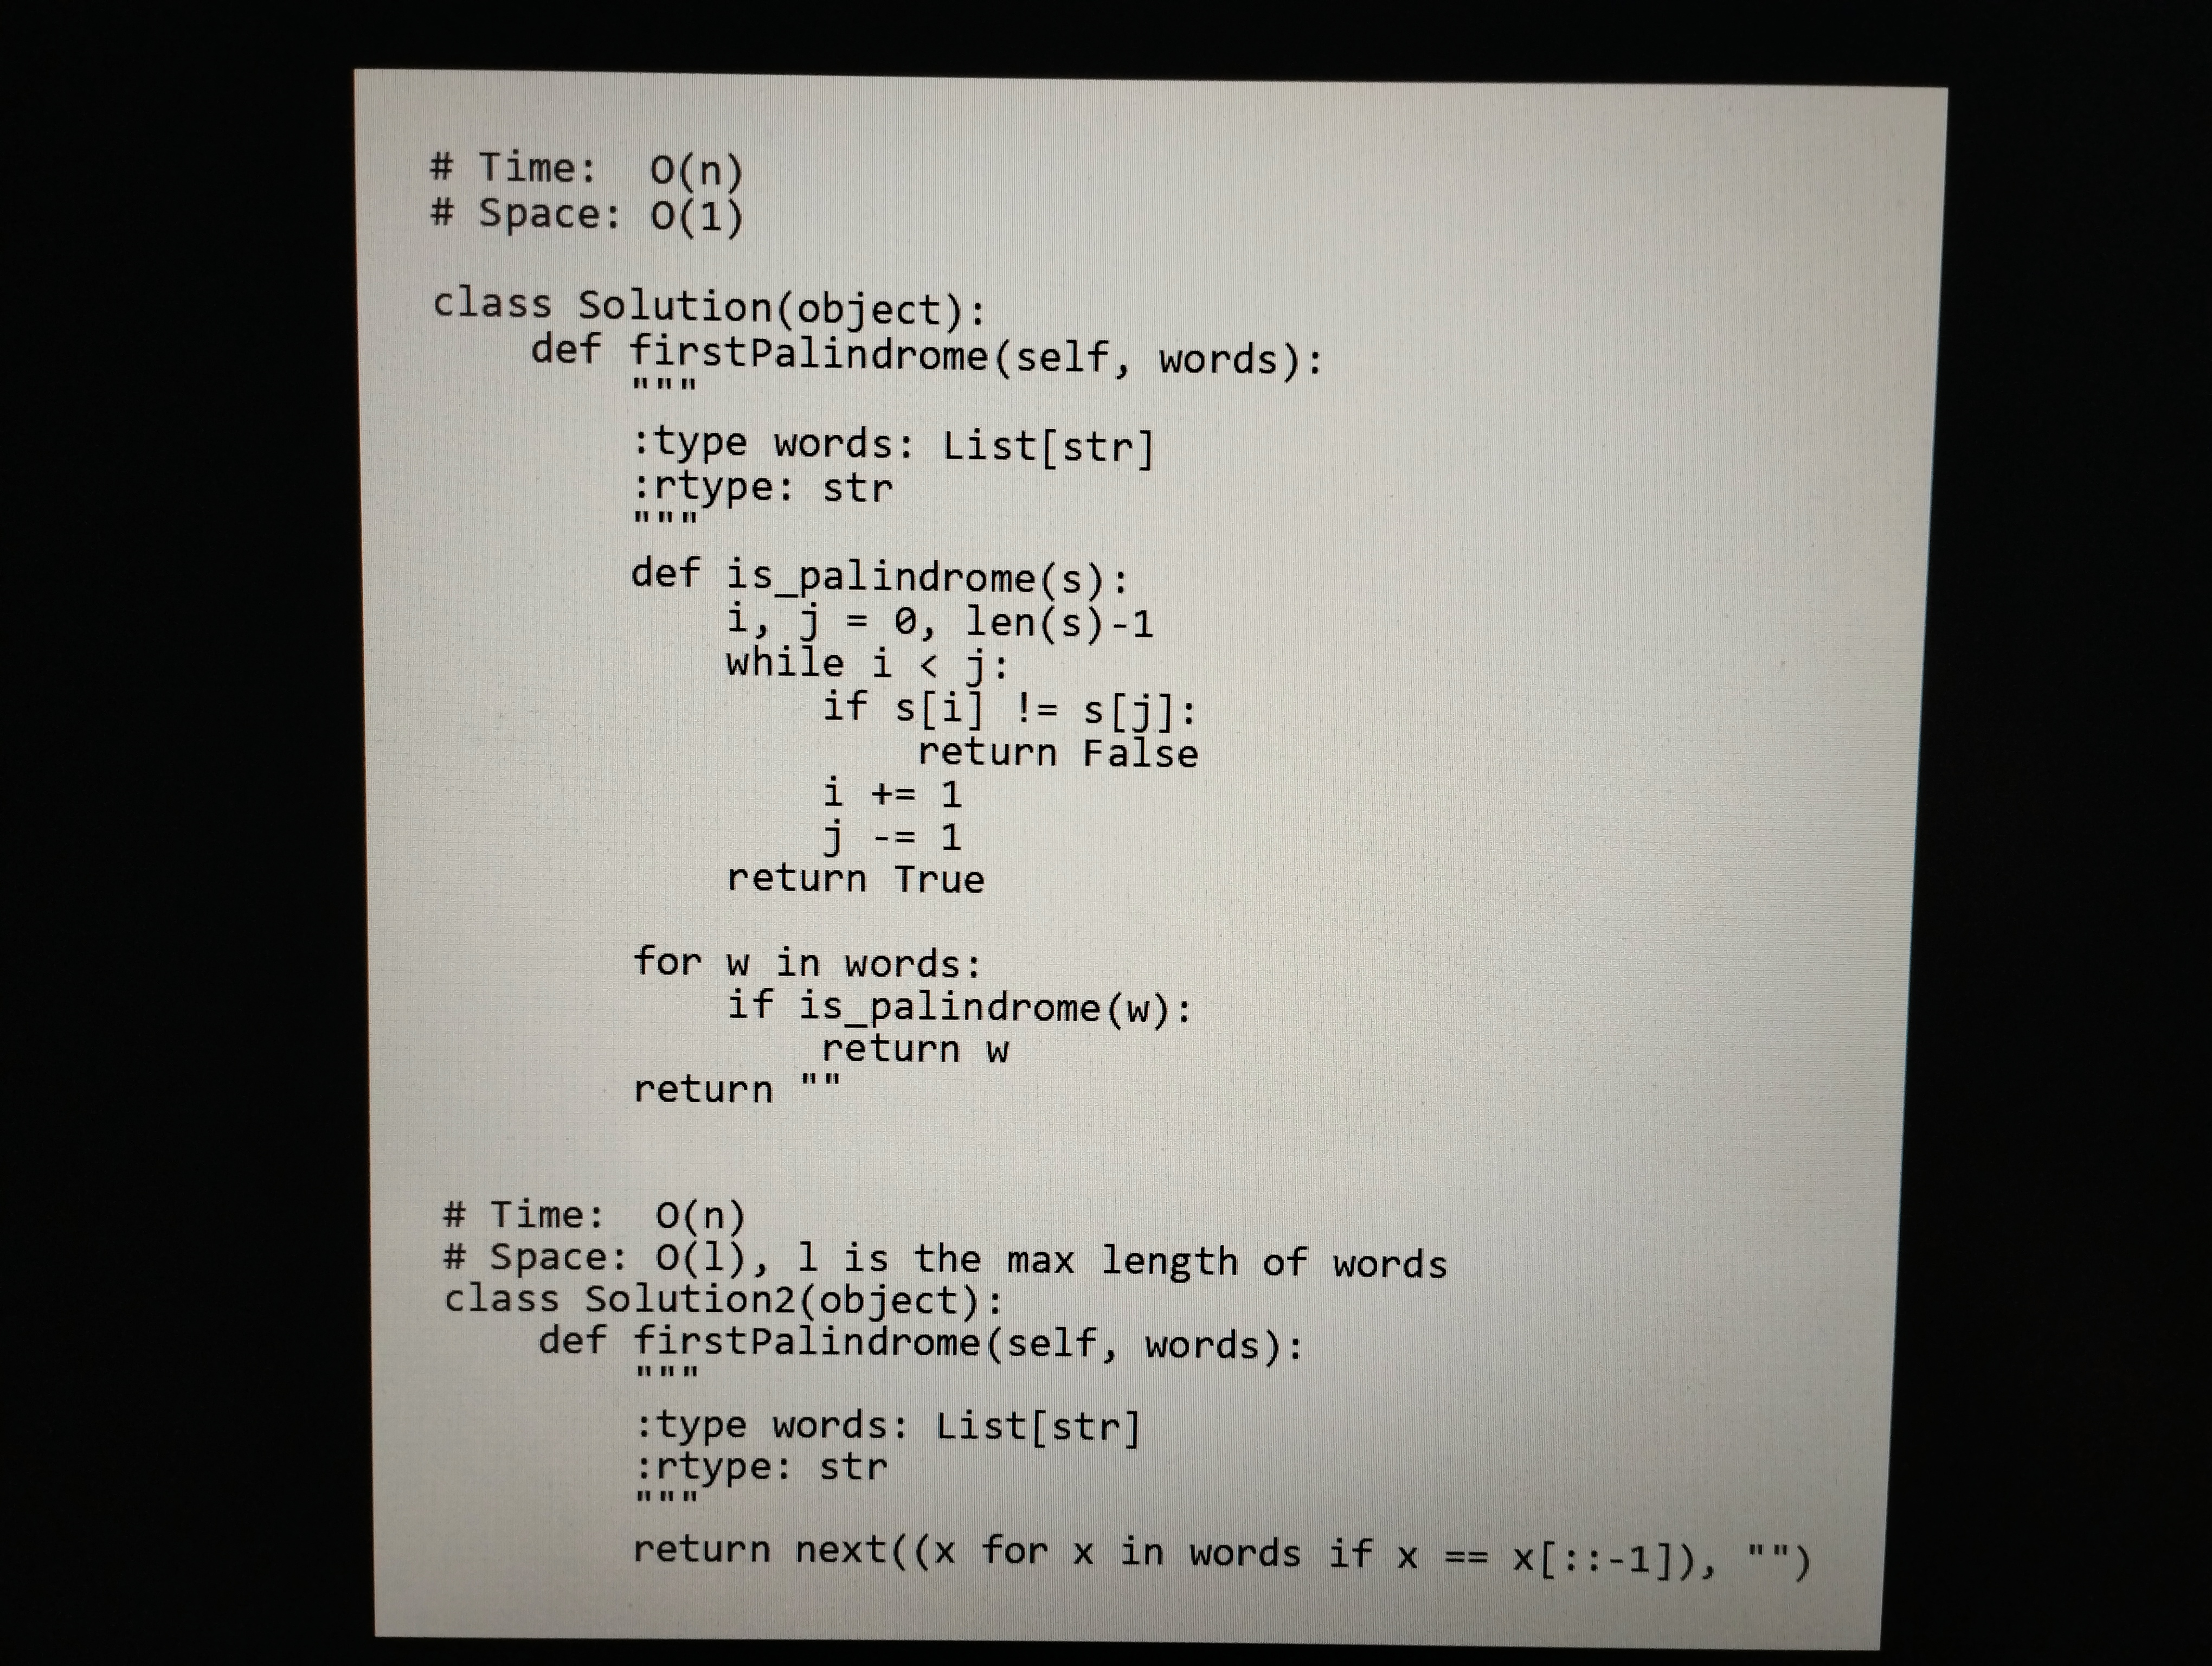
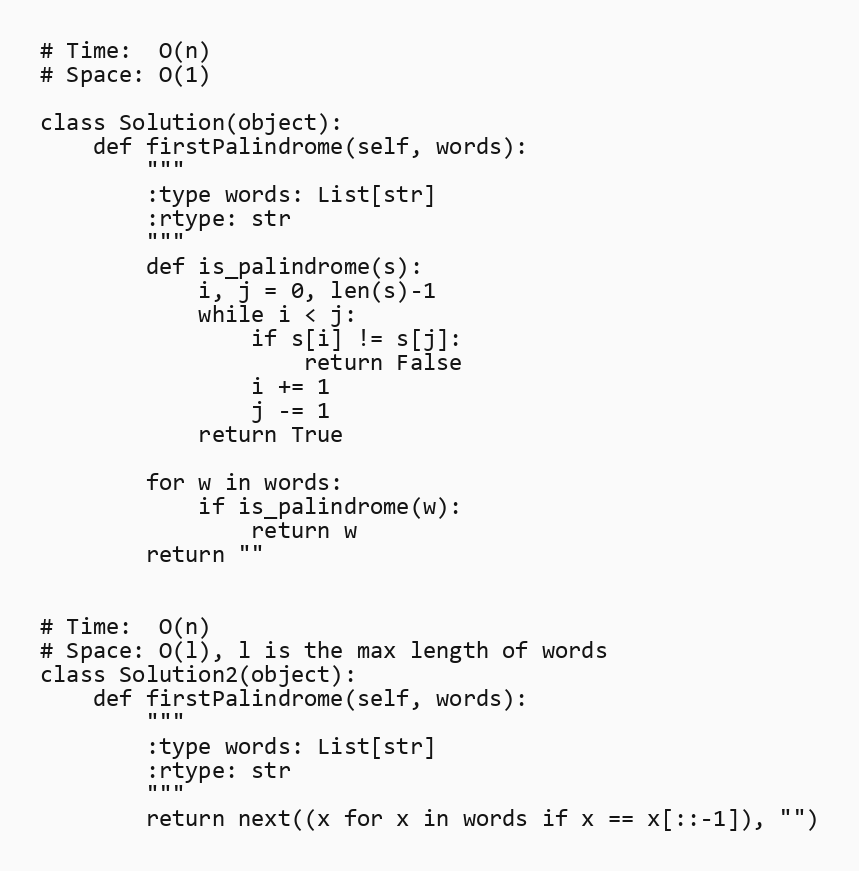
# Time:  O(n)
# Space: O(1)

class Solution(object):
    def firstPalindrome(self, words):
        """
        :type words: List[str]
        :rtype: str
        """
        def is_palindrome(s):
            i, j = 0, len(s)-1
            while i < j:
                if s[i] != s[j]:
                    return False
                i += 1
                j -= 1
            return True

        for w in words:
            if is_palindrome(w):
                return w
        return ""

# Time:  O(n)
# Space: O(l), l is the max length of words
class Solution2(object):
    def firstPalindrome(self, words):
        """
        :type words: List[str]
        :rtype: str
        """
        return next((x for x in words if x == x[::-1]), "")